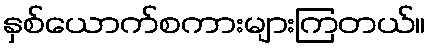
နှစ်ယောက်စကားများကြတယ်။